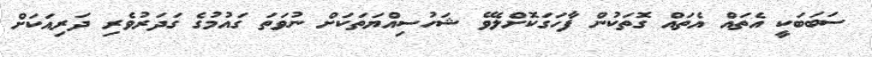
ސަބަބަކީ އެތައް އެތައް ގޮތަކުން ފާހަގަކޮށްލެވޭ ޝަހުސިއްޔަތަކަށް ނުވަތަ ގައުމުގެ ގަދަރުވެރި ދަރިއަކަށް